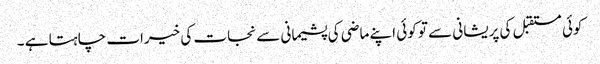
کوئی مستقبل کی پریشانی سے تو کوئی اپنے ماضی کی پشیمانی سے نجات کی خیرات چاہتا ہے ۔